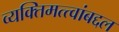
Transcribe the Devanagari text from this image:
व्यक्तिमत्त्वांबद्दल